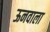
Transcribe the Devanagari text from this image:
ऊनवाला